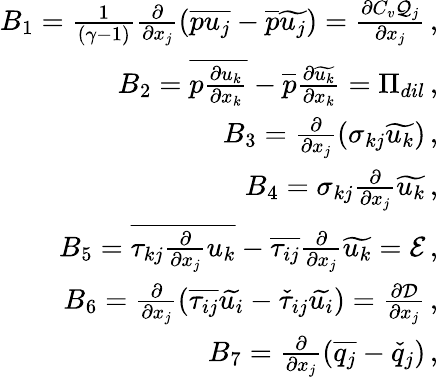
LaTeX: \begin{array}{r}{B_{1}=\frac{1}{(\gamma-1)}\frac{\partial}{\partial x_{j}}\left(\overline{{pu_{j}}}-\overline{{p}}\widetilde{u_{j}}\right)=\frac{\partial C_{v}\mathcal{Q}_{j}}{\partial x_{j}}\, \mathrm{,}}\\ {B_{2}=\overline{{p\frac{\partial u_{k}}{\partial x_{k}}}}-\overline{{p}}\frac{\partial\widetilde{u_{k}}}{\partial x_{k}}=\Pi_{dil}\, \mathrm{,}}\\ {B_{3}=\frac{\partial}{\partial x_{j}}\left(\sigma_{kj}\widetilde{u_{k}}\right)\, \mathrm{,}}\\ {B_{4}=\sigma_{kj}\frac{\partial}{\partial x_{j}}\widetilde{u_{k}}\, \mathrm{,}}\\ {B_{5}=\overline{{\tau_{kj}\frac{\partial}{\partial x_{j}}u_{k}}}-\overline{{\tau_{ij}}}\frac{\partial}{\partial x_{j}}\widetilde{u_{k}}=\mathcal{E}\, \mathrm{,}}\\ {B_{6}=\frac{\partial}{\partial x_{j}}\left(\overline{{\tau_{ij}}}\widetilde{u_{i}}-\check{\tau}_{ij}\widetilde{u_{i}}\right)=\frac{\partial\mathcal{D}}{\partial x_{j}}\, \mathrm{,}}\\ {B_{7}=\frac{\partial}{\partial x_{j}}\left(\overline{{q_{j}}}-\check{q}_{j}\right)\, \mathrm{,}}\end{array}